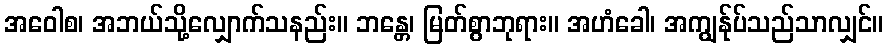
အဝေါစ၊ အဘယ်သို့လျှောက်သနည်း။ ဘန္တေ၊ မြတ်စွာဘုရား။ အဟံခေါ၊ အကျွန်ုပ်သည်သာလျှင်။